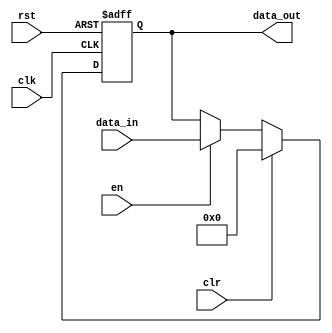
module buffer #(parameter WIDTH = 32)(
input clk,
input rst,
input en,
input clr,
input[WIDTH-1:0] data_in,
output reg[WIDTH-1:0] data_out
);
parameter zero={(WIDTH){1'b0}};


always@(posedge clk,posedge rst)
begin
	if(rst)
	data_out<=zero;
	else if(clr)
	data_out<={{(WIDTH){1'b0}}};
	else if(en)
	data_out<=data_in;
end

endmodule